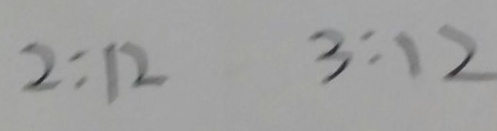
2 : 1 2 3 : 1 2